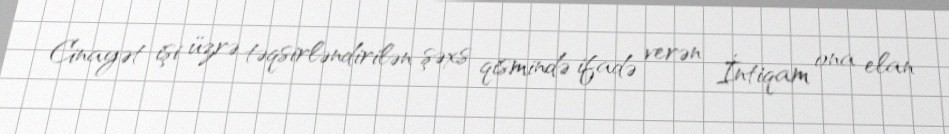
Cinayət işi üzrə təqsirləndirilən şəxs qismində ifadə verən İntiqam ona elan